Annual report on the working of the lock hospitals in the North-Western Provinces and Oudh
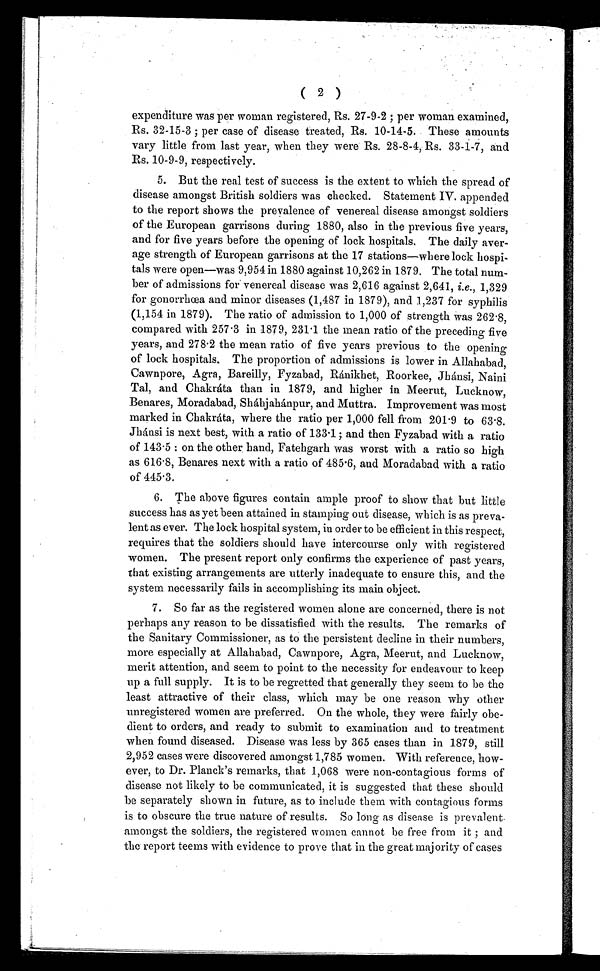
( 2 )
expenditure was per woman registered, Rs. 27-9-2 ; per woman examined,
Rs. 32-15-3 ; per case of disease treated, Rs. 10-14-5. These amounts
vary little from last year, when they were Rs. 28-8-4, Rs. 33-1-7, and
Rs. 10-9-9, respectively.
5. But the real test of success is the extent to which the spread of
disease amongst British soldiers was checked. Statement IV. appended
to the report shows the prevalence of venereal disease amongst soldiers
of the European garrisons during 1880, also in the previous five years,
and for five years before the opening of lock hospitals. The daily aver-
age strength of European garrisons at the 17 stations—where lock hospi-
tals were open—was 9,954 in 1880 against 10,262 in 1879. The total num-
ber of admissions for venereal disease was 2,616 against 2,641, i.e., 1,329
for gonorrhœa and minor diseases (1,487 in 1879), and 1,237 for syphilis
(1,154 in 1879). The ratio of admission to 1,000 of strength was 262.8,
compared with 257 . 3 in 1879, 231 . 1 the mean ratio of the preceding five
years, and 278 . 2 the mean ratio of five years previous to the opening
of lock hospitals. The proportion of admissions is lower in Allahabad,
Cawnpore, Agra, Bareilly, Fyzabad, Ránikhet, Roorkee, Jhánsi, Naini
Tal, and Chakráta than in 1879, and higher in Meerut, Lucknow,
Benares, Moradabad, Sháhjahánpur, and Muttra. Improvement was most
marked in Chakráta, where the ratio per 1,000 fell from 201 . 9 to 63.8.
Jhánsi is next best, with a ratio of 133 . 1; and then Fyzabad with a ratio
of 143 . 5: on the other hand, Fatehgarh was worst with a ratio so high
as 616.8, Benares next with a ratio of 485 .6, and Moradabad with a ratio
of 445.3,
6. The above figures contain ample proof to show that but little
success has as yet been attained in stamping out disease, which is as preva-
lent as ever. The lock hospital system, in order to be efficient in this respect,
requires that the soldiers should have intercourse only with registered
women. The present report only confirms the experience of past years,
that existing arrangements are utterly inadequate to ensure this, and the
system necessarily fails in accomplishing its main object.
7. So far as the registered women alone are concerned, there is not
perhaps any reason to be dissatisfied with the results. The remarks of
the Sanitary Commissioner, as to the persistent decline in their numbers,
more especially at Allahabad, Cawnpore, Agra, Meerut, and Lucknow,
merit attention, and seem to point to the necessity for endeavour to keep
up a full supply. It is to be regretted that generally they seem to be the
least attractive of their class, which may be one reason why other
unregistered women are preferred. On the whole, they were fairly obe-
dient to orders, and ready to submit to examination and to treatment
when found diseased. Disease was less by 365 cases than in 1879, still
2,952 cases were discovered amongst 1,785 women. With reference, how-
ever, to Dr. Planck's remarks, that 1,068 were non-contagious forms of
disease not likely to be communicated, it is suggested that these should
be separately shown in future, as to include them with contagious forms
is to obscure the true nature of results. So long as disease is prevalent
amongst the soldiers, the registered women cannot be free from it ; and
the report teems with evidence to prove that in the great majority of cases